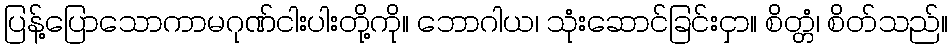
ပြန့်ပြောသောကာမဂုဏ်ငါးပါးတို့ကို။ ဘောဂါယ၊ သုံးဆောင်ခြင်းငှာ။ စိတ္တံ၊ စိတ်သည်။